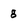
Character: g